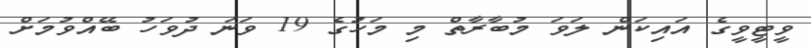
ވީޓީވީގެ އައިކަން ލަވަ މުބާރާތް މި މަހުގެ 19 ވަނަ ދުވަހު ބޭއްވުމަށް